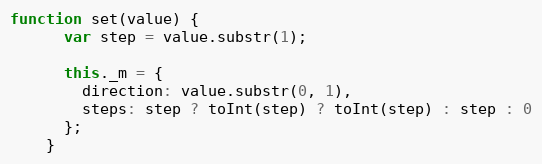
Language: JavaScript
function set(value) {
      var step = value.substr(1);

      this._m = {
        direction: value.substr(0, 1),
        steps: step ? toInt(step) ? toInt(step) : step : 0
      };
    }